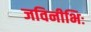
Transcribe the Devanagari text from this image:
जविनीभिः